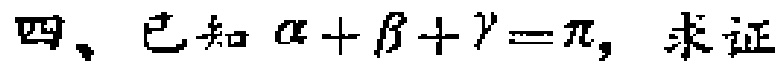
四、已知\(\alpha+\beta+\gamma = \pi\)，求证